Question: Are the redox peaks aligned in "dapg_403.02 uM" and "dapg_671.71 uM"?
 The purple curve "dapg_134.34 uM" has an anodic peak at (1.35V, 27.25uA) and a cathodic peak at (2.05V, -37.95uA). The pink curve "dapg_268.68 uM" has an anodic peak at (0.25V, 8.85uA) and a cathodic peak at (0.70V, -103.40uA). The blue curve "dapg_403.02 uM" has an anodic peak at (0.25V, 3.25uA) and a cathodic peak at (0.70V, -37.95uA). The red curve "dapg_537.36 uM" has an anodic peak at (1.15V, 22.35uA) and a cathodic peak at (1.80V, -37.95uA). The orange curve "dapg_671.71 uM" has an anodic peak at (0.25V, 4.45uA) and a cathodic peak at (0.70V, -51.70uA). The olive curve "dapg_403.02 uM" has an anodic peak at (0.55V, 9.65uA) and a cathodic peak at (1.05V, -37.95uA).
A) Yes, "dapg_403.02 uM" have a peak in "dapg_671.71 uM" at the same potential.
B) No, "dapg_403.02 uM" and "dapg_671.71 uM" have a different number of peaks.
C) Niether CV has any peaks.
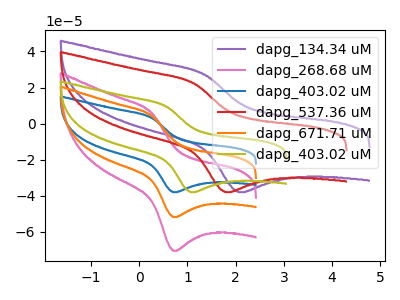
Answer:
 <answer>A) Yes, "dapg_403.02 uM" have a peak in "dapg_671.71 uM" at the same potential.</answer>
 <eval>A</eval>